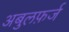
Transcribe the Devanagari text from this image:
अबुलफ़र्ज